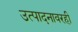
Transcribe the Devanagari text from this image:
उत्पादनावरही